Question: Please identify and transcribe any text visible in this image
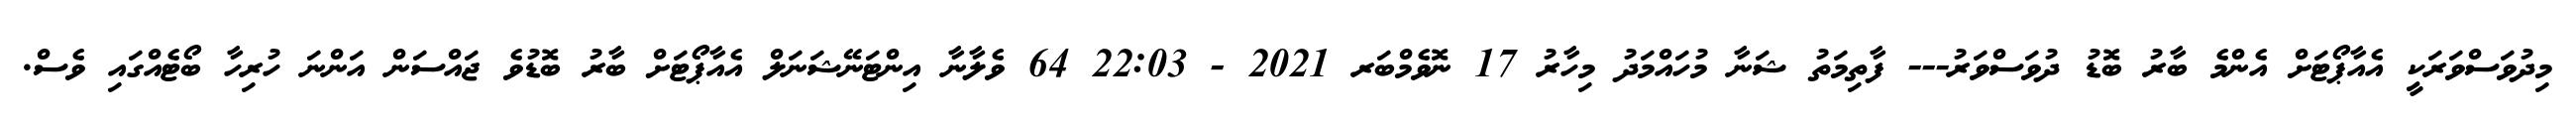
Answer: މިދުވަސްވަރަކީ އެއާޕޯޓަށް އެންމެ ބާރު ބޮޑު ދުވަސްވަރު--- ފާތިމަތު ޝަނާ މުހައްމަދު މިހާރު 17 ނޮވެމްބަރ 2021 - 22:03 64 ވެލާނާ އިންޓަނޭޝަނަލް އެއާޕޯޓަށް ބާރު ބޮޑުވެ ޖައްސަން އަންނަ ހުރިހާ ބޯޓެއްގައި ވެސް.